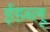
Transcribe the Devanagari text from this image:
ईडब्लू